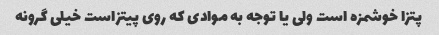
پتزا خوشمزه است ولی یا توجه به موادی که روی پیتزاست خیلی گرونه